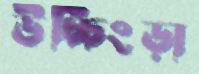
উচ্চিংড়া